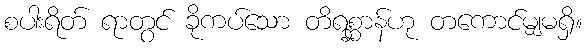
စပါးရိတ် ရာတွင် ခိုကပ်သော တိရစ္ဆာန်ဟု တကောင်မျှမရှိ။